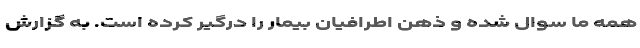
همه ما سوال شده و ذهن اطرافیان بیمار را درگیر کرده است. به گزارش